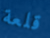
قلعة